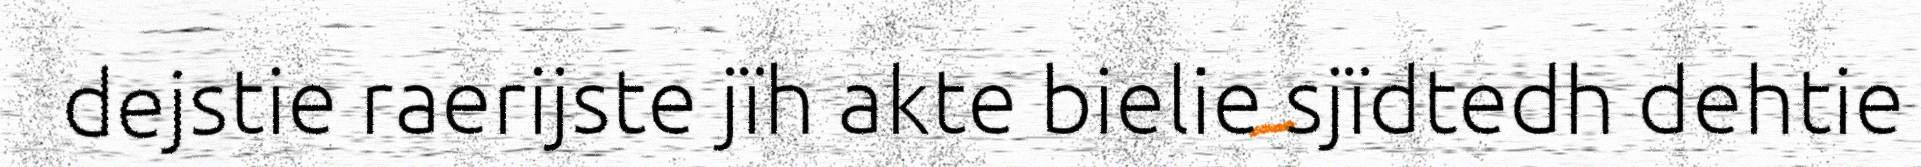
dejstie raerijste jïh akte bielie sjïdtedh dehtie